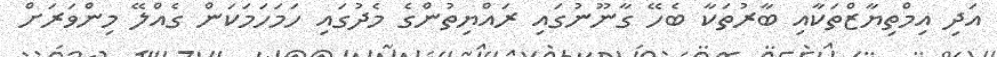
އަދި އިމްތިޔާޒްތަކާއި ބާރުތަކާ ބެހޭ ގާނޫނުގައި ރައްޔިތުންގެ މެދުގައި ހަމަހަމަކަން ގެއްލޭ މިންވަރަށް